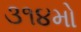
૩૧૪મો